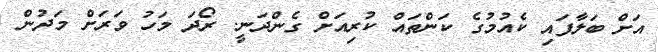
އަށް ބަލާފައި ކެއުމުގެ ކަންތައް ކުރިއަށް ގެންދަނީ. ރޯދަ މަހު ވަރަށް މަދުން